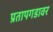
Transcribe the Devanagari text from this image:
प्रतापगडावर